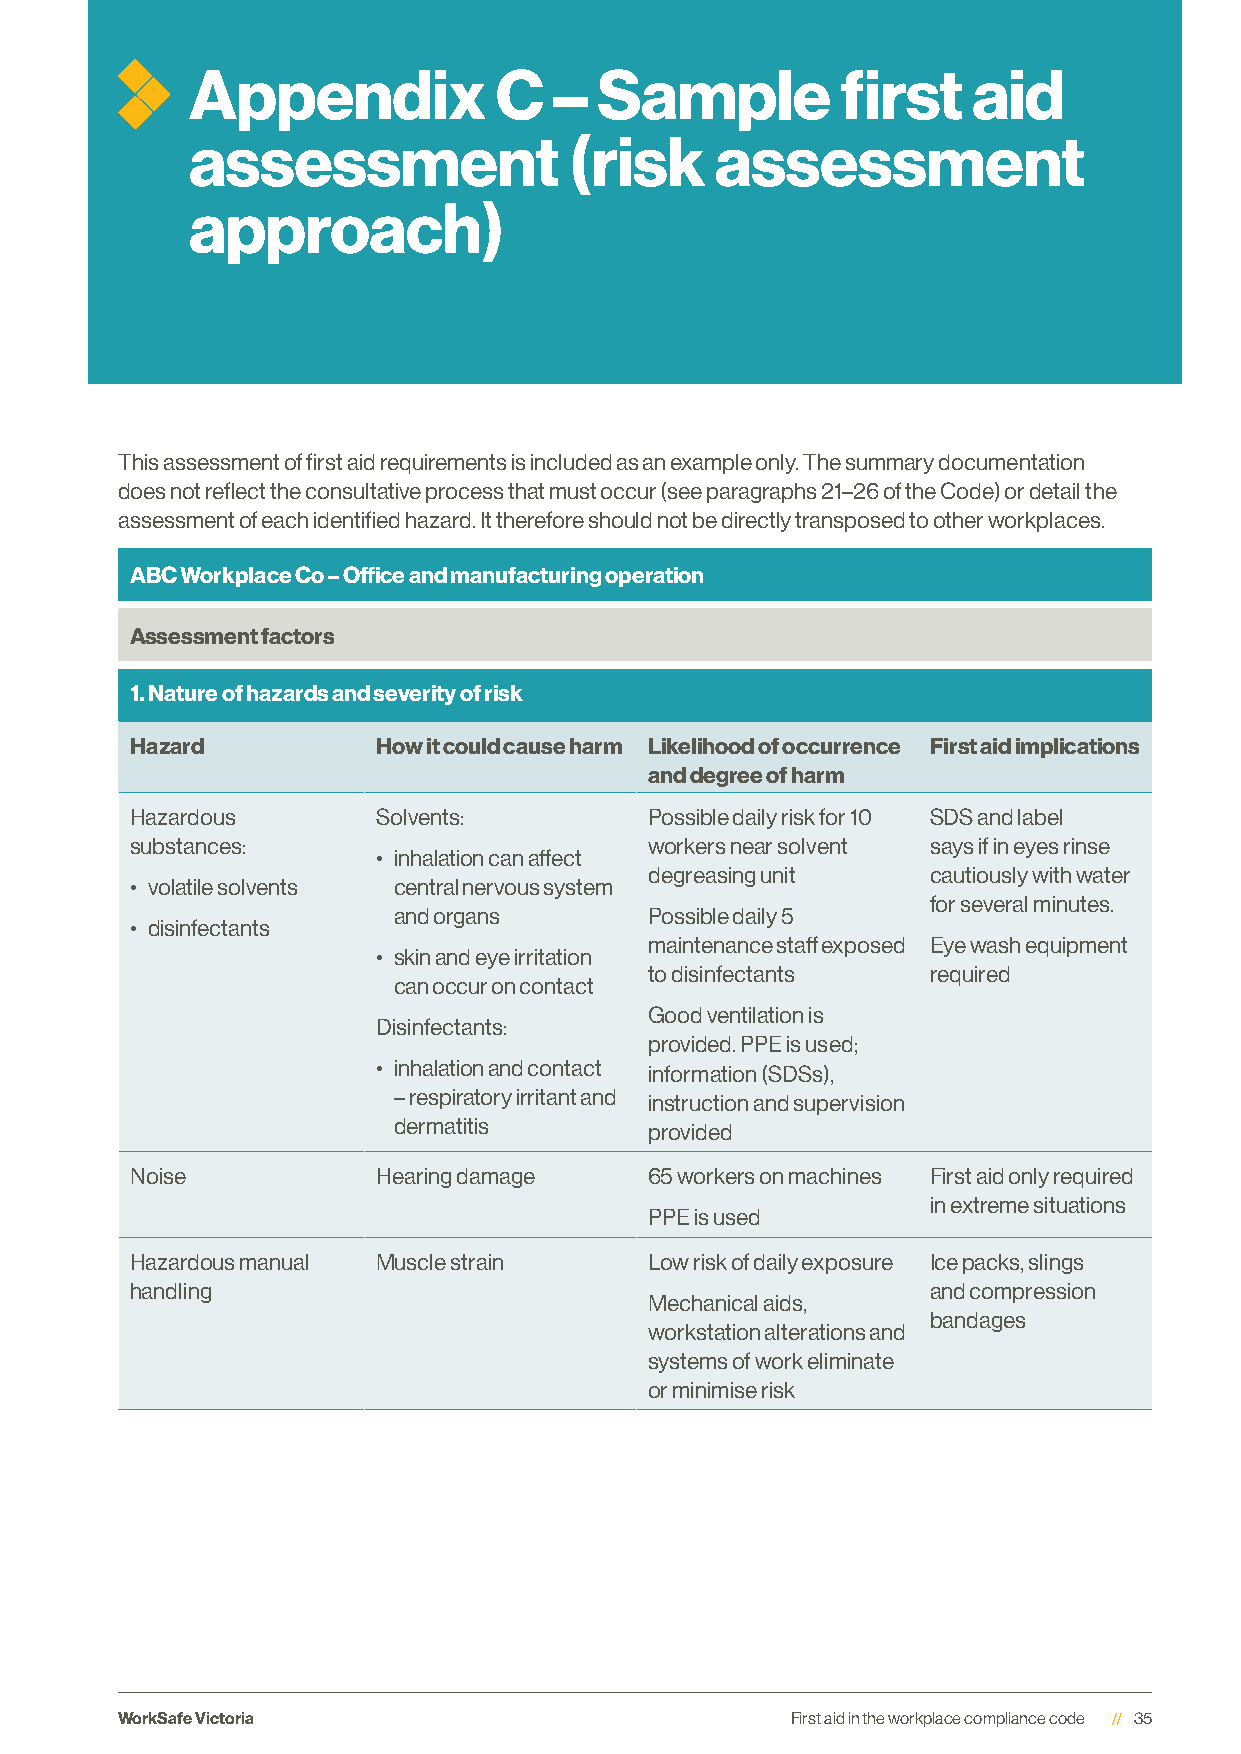
Appendix            C   – Sample           first   aid
 assessment               (risk    assessment
 approach)
 This assessment of first aid requirements is included as an example only. The summary documentation
 does not reflect the consultative process that must occur (see paragraphs 21–26 of the Code) or detail the
 assessment of each identified hazard. It therefore should not be directly transposed to other workplaces.
 ABC Workplace Co – Office and manufacturing operation
 Assessment factors
 1. Nature of hazards and severity of risk
 Hazard          How it could cause harm Likelihood of occurrence First aid implications
 and degree of harm
 Hazardous       Solvents:         Possible daily risk for 10 SDS and label
 substances:                       workers near solvent says if in eyes rinse
 • inhalation can affect
 degreasing unit    cautiously with water
 • volatile solvents central nervous system
 for several minutes.
 and organs       Possible daily 5
 • disinfectants
 maintenance staff exposed Eye wash equipment
 • skin and eye irritation
 to disinfectants   required
 can occur on contact
 Good ventilation is
 Disinfectants:
 provided. PPE is used;
 • inhalation and contact information (SDSs),
 – respiratory irritant and instruction and supervision
 dermatitis       provided
 Noise           Hearing damage    65 workers on machines First aid only required
 in extreme situations
 PPE is used
 Hazardous manual Muscle strain    Low risk of daily exposure Ice packs, slings
 handling                                             and compression
 Mechanical aids,
 bandages
 workstation alterations and
 systems of work eliminate
 or minimise risk
 WorkSafe Victoria                           First aid in the workplace compliance code 35